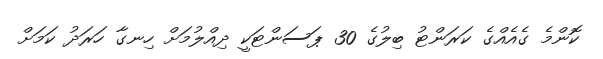
ކޮންމެ ގެއެއްގެ ކަރަންޓު ބިލުގެ 30 ޕަސަންޓަކީ ދިއްލުމަށް ހިނގާ ހަރަދު ކަމަށް